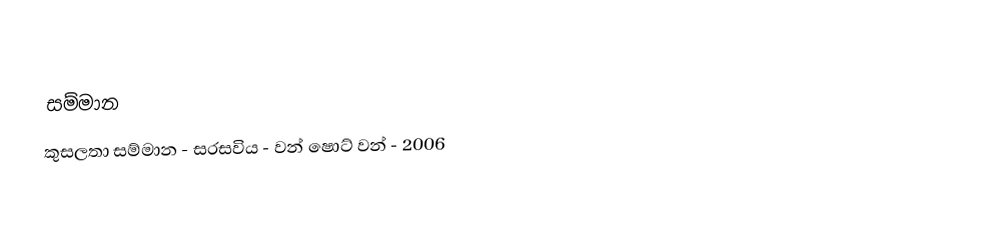

සම්මාන
කුසලතා සම්මාන - සරසවිය - වන් ෂොට් වන් - 2006